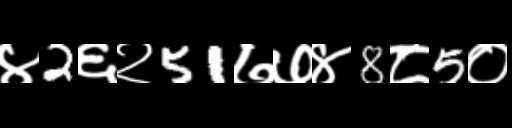
Text: ४2६२51७७४8८5०